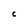
Character: C